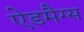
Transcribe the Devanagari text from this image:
ऐडमैग्स